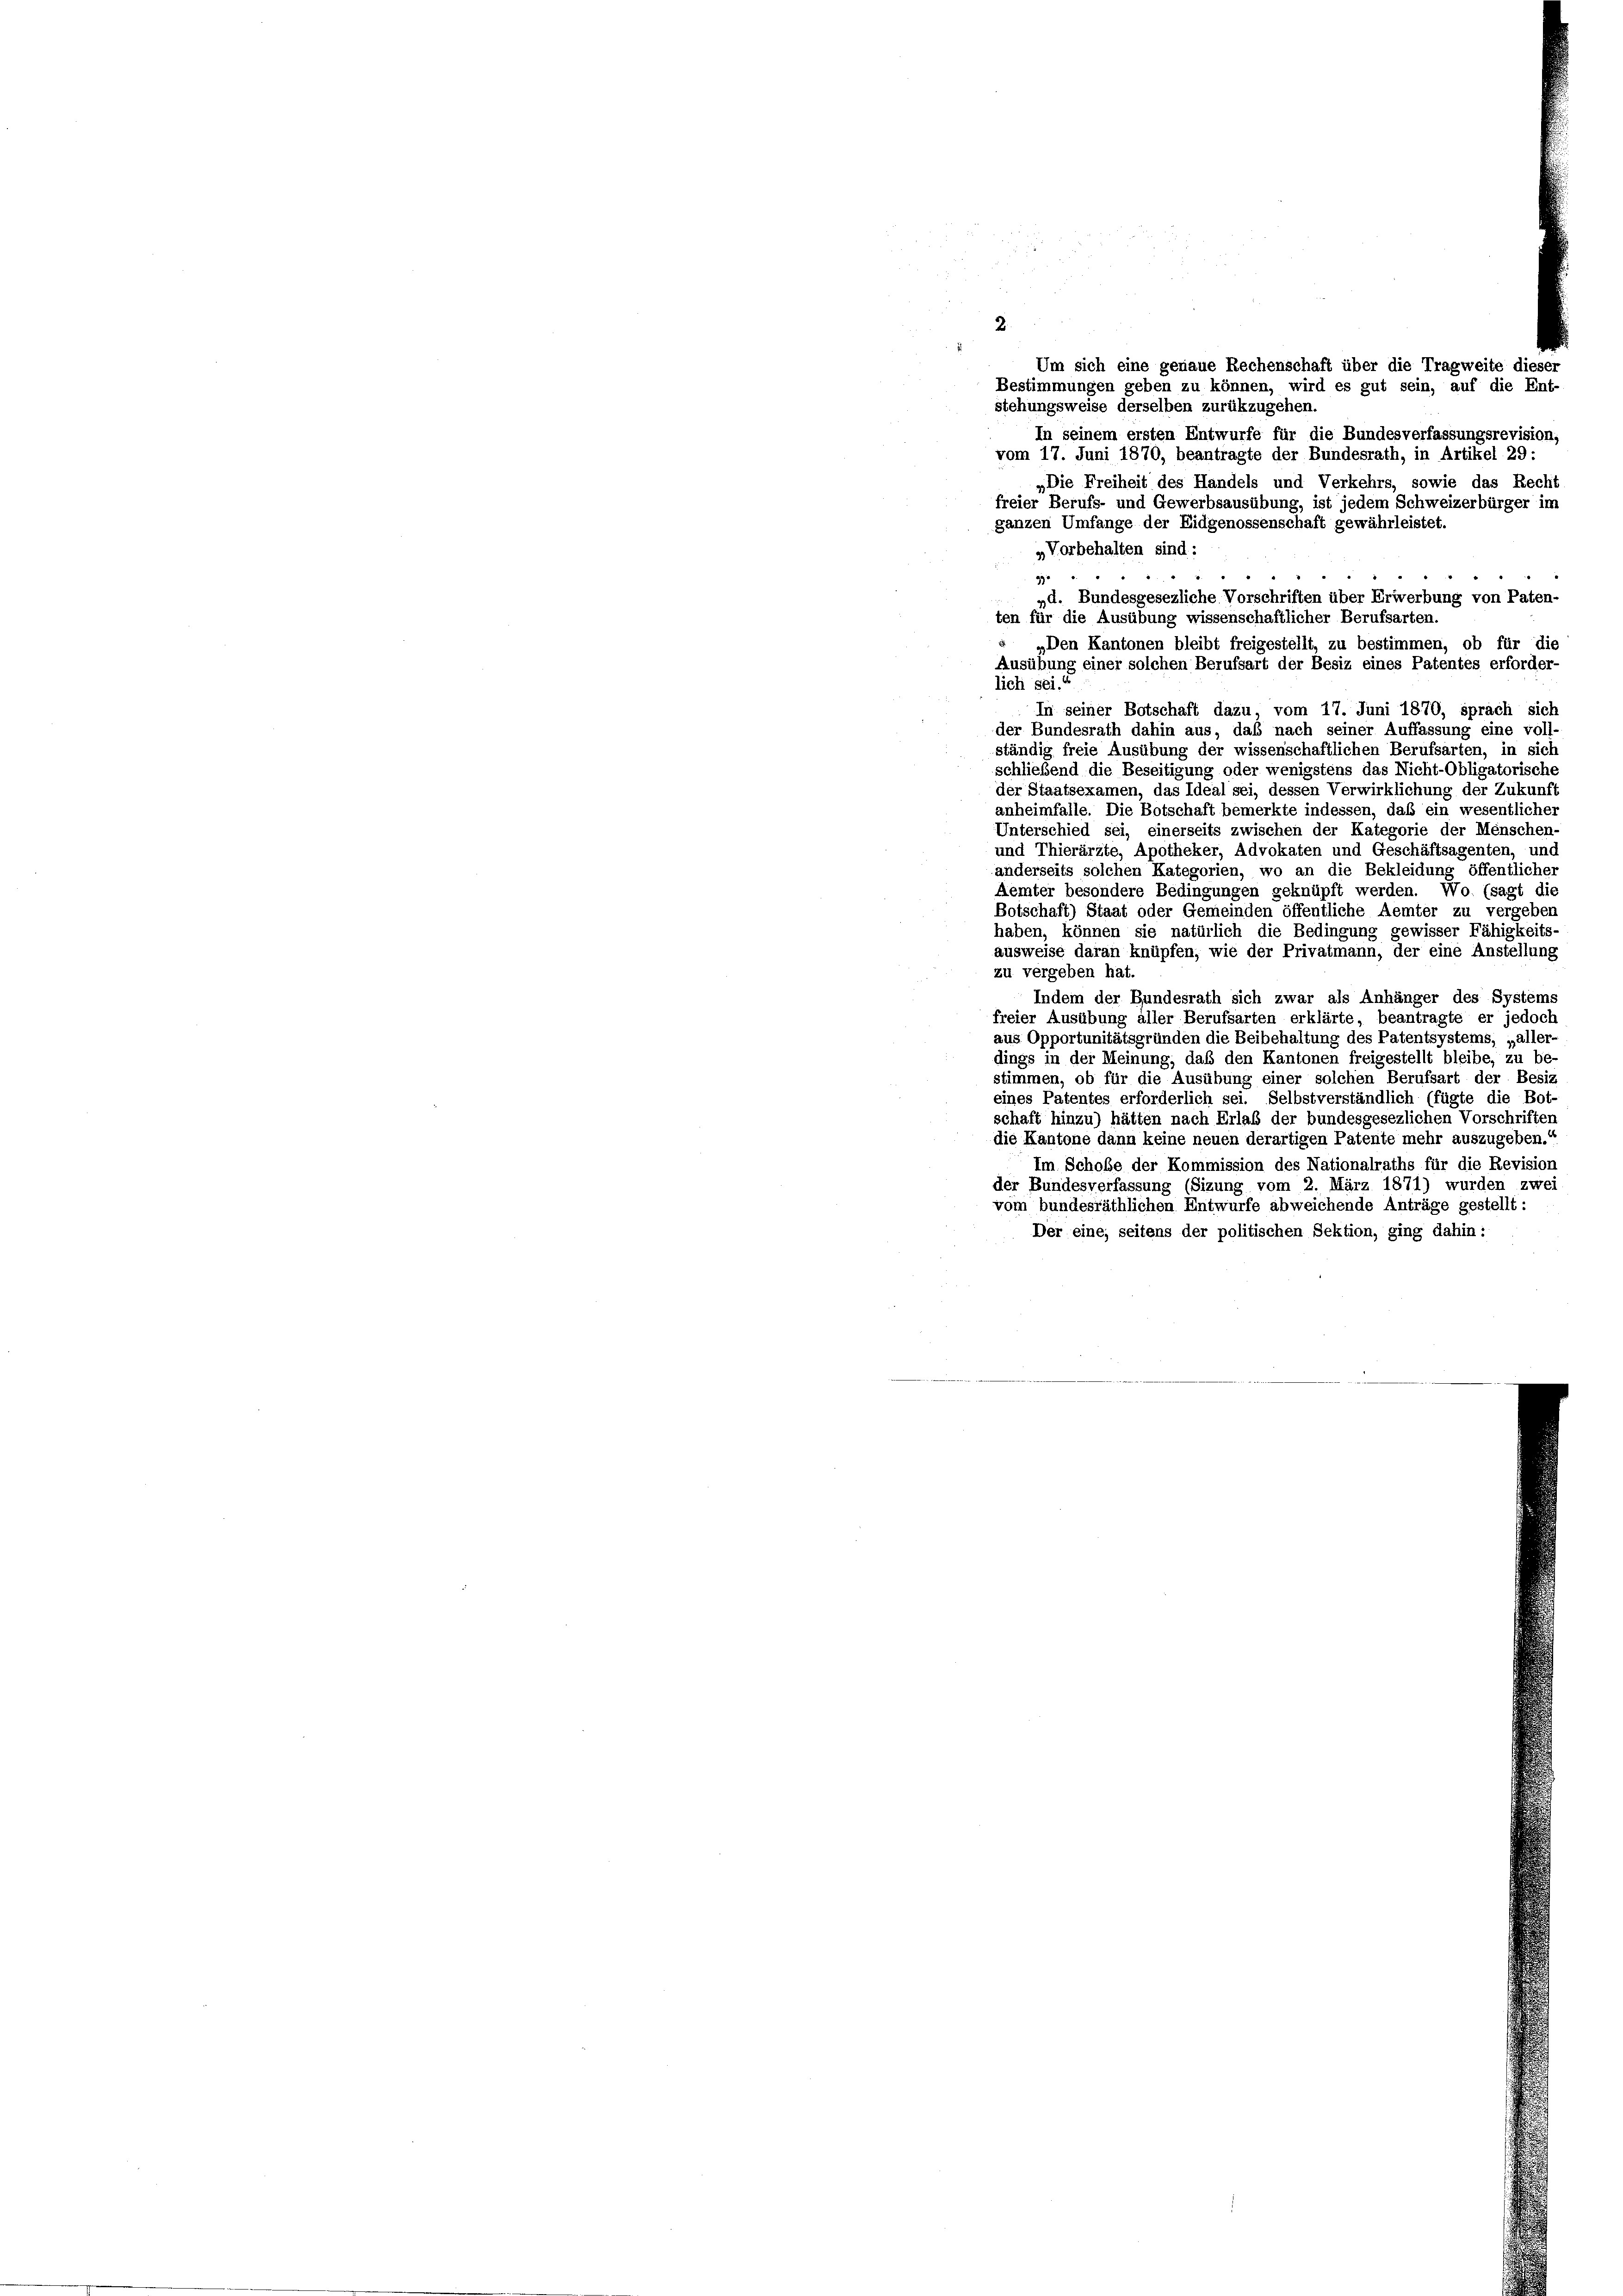
2
stehungsweise derselben zurükzugehen.
ganzen Umfange der Eidgenossenschaft gewährleistet.

Um sich eine genaue Rechenschaft über die Tragweite dieser
Bestimmungen geben zu können, wird es gut sein, auf die Ent-
In seinem ersten Entwurfe für die Bundesverfassungsrevision,
vom 17. Juni 1870, beantragte der Bundesrath, in Artikel 29:
„Die Freiheit des Handels und Verkehrs, sowie das Recht
freier Berufs- und Gewerbsausübung, ist jedem Schweizerbürger im

schließend die Beseitigung oder wenigstens das Nicht-Obligatorische
der Staatsexamen, das Ideal sei, dessen Verwirklichung der Zukunft
anheimfalle. Die Botschaft bemerkte indessen, daß ein wesentlicher
Unterschied sei, einerseits zwischen der Kategorie der Menschen-
und Thierärzte, Apotheker, Advokaten und Geschäftsagenten, und
anderseits solchen Kategorien, wo an die Bekleidung öffentlicher
Aemter besondere Bedingungen geknüpft werden. Wo (sagt die
Botschaft) Staat oder Gemeinden öffentliche Aemter zu vergeben
haben, können sie natürlich die Bedingung gewisser Fähigkeits-
ausweise daran knüpfen, wie der Privatmann, der eine Anstellung
zu vergeben hat.
Indem der Bundesrath sich zwar als Anhänger des Systems
freier Ausübung aller Berufsarten erklärte, beantragte er jedoch
aus Opportunitätsgründen die Beibehaltung des Patentsystems, „aller-
dings in der Meinung, daß den Kantonen freigestellt bleibe, zu be-
stimmen, ob für die Ausübung einer solchen Berufsart der Besiz
eines Patentes erforderlich sei. Selbstverständlich (fügte die Bot-
schaft hinzu) hätten nach Erlaß der bundesgesezlichen Vorschriften
die Kantone dann keine neuen derartigen Patente mehr auszugeben.“
Im Schoße der Kommission des Nationalraths für die Revision
der Bundesverfassung (Sizung vom 2. März 1871) wurden zwei
vom bundesräthlichen Entwurfe abweichende Anträge gestellt:
Der eine, seitens der politischen Sektion, ging dahin:

„Vorbehalten sind:
.
d
990
„d. Bundesgesezliche Vorschriften über Erwerbung von Paten-
ten für die Ausübung wissenschaftlicher Berufsarten.
„Den Kantonen bleibt freigestellt, zu bestimmen, ob für die
Ausübung einer solchen Berufsart der Besiz eines Patentes erforder
lich sei.“
In seiner Botschaft dazu, vom 17. Juni 1870, sprach sich
der Bundesrath dahin aus, daß nach seiner Auffassung eine voll
ständig freie Ausübung der wissenschaftlichen Berufsarten, in sich